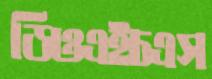
ডিওএইচএস